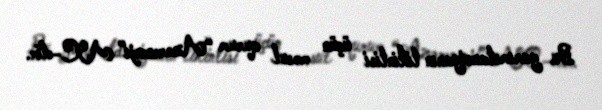
Bu yarımstansiyanın tikintisi üçün məsul qurum “Azərenerji” ASC-dir.